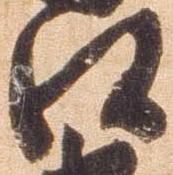
江